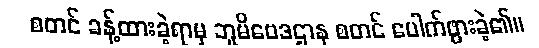
စတင် ခန့်ထားခဲ့ရာမှ ဘူမိဗေဒဌာန စတင် ပေါက်ဖွားခဲ့၏။